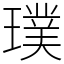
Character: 璞